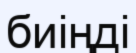
биіңді